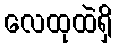
လေထုထဲရှိ